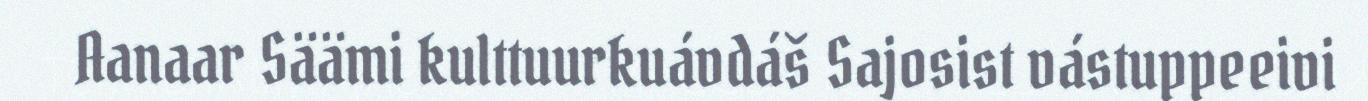
Aanaar Säämi kulttuurkuávdáš Sajosist vástuppeeivi